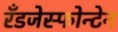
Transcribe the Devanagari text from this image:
रँडजेस्फोन्टेन